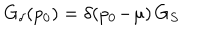
G _ { \delta } ( p _ { 0 } ) = \delta ( p _ { 0 } \! - \! \mu ) \, G _ { S }